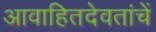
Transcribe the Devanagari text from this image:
आवाहितदेवतांचें